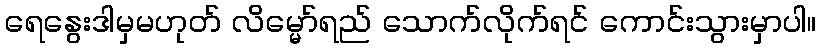
ရေနွေးဒါမှမဟုတ် လိမ္မော်ရည် သောက်လိုက်ရင် ကောင်းသွားမှာပါ။